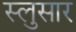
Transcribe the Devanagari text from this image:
स्लुसार